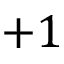
+ 1